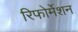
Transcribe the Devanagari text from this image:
रिफोर्मेशन